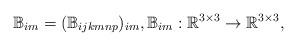
LaTeX: \begin{align*}\mathbb{B}_{im}=({\mathbb{B}}_{ijkmnp})_{im}, {\mathbb{B}}_{im}:\mathbb{R}^{3\times3}\rightarrow\mathbb{R}^{3\times3},\end{align*}